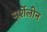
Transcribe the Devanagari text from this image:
मर्शेलीन